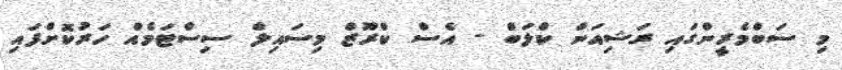
މި ސަބްމެރީންގައި ރަޝިއަން ކްލަބް - އެސް ކްރޫޒް މިސައިލް ސިސްޓަމެއް ހަރުކޮށްފައި